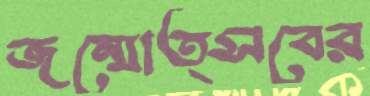
জন্মোত্সবের